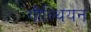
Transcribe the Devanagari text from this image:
गौल्थियन